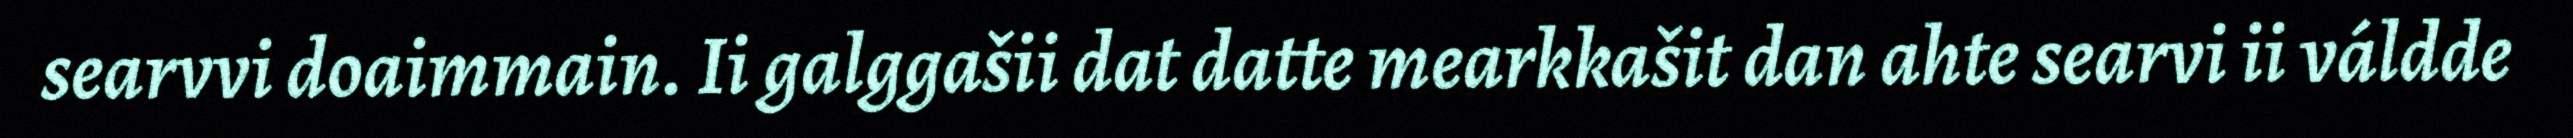
searvvi doaimmain. Ii galggašii dat datte mearkkašit dan ahte searvi ii váldde